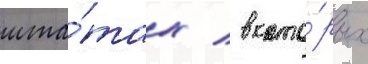
шта́тах / в кото́рых